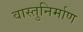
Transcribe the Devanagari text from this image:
वास्तुनिर्माण